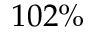
1 0 2 \%